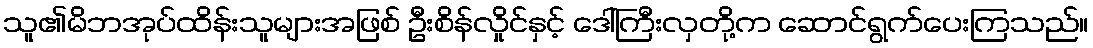
သူ၏မိဘအုပ်ထိန်းသူများအဖြစ် ဦးစိန်လှိုင်နှင့် ဒေါ်ကြီးလှတို့က ဆောင်ရွက်ပေးကြသည်။